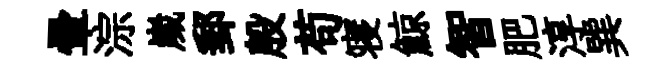
暈淙嵗郵殷苟寝鯨智肥淳巽